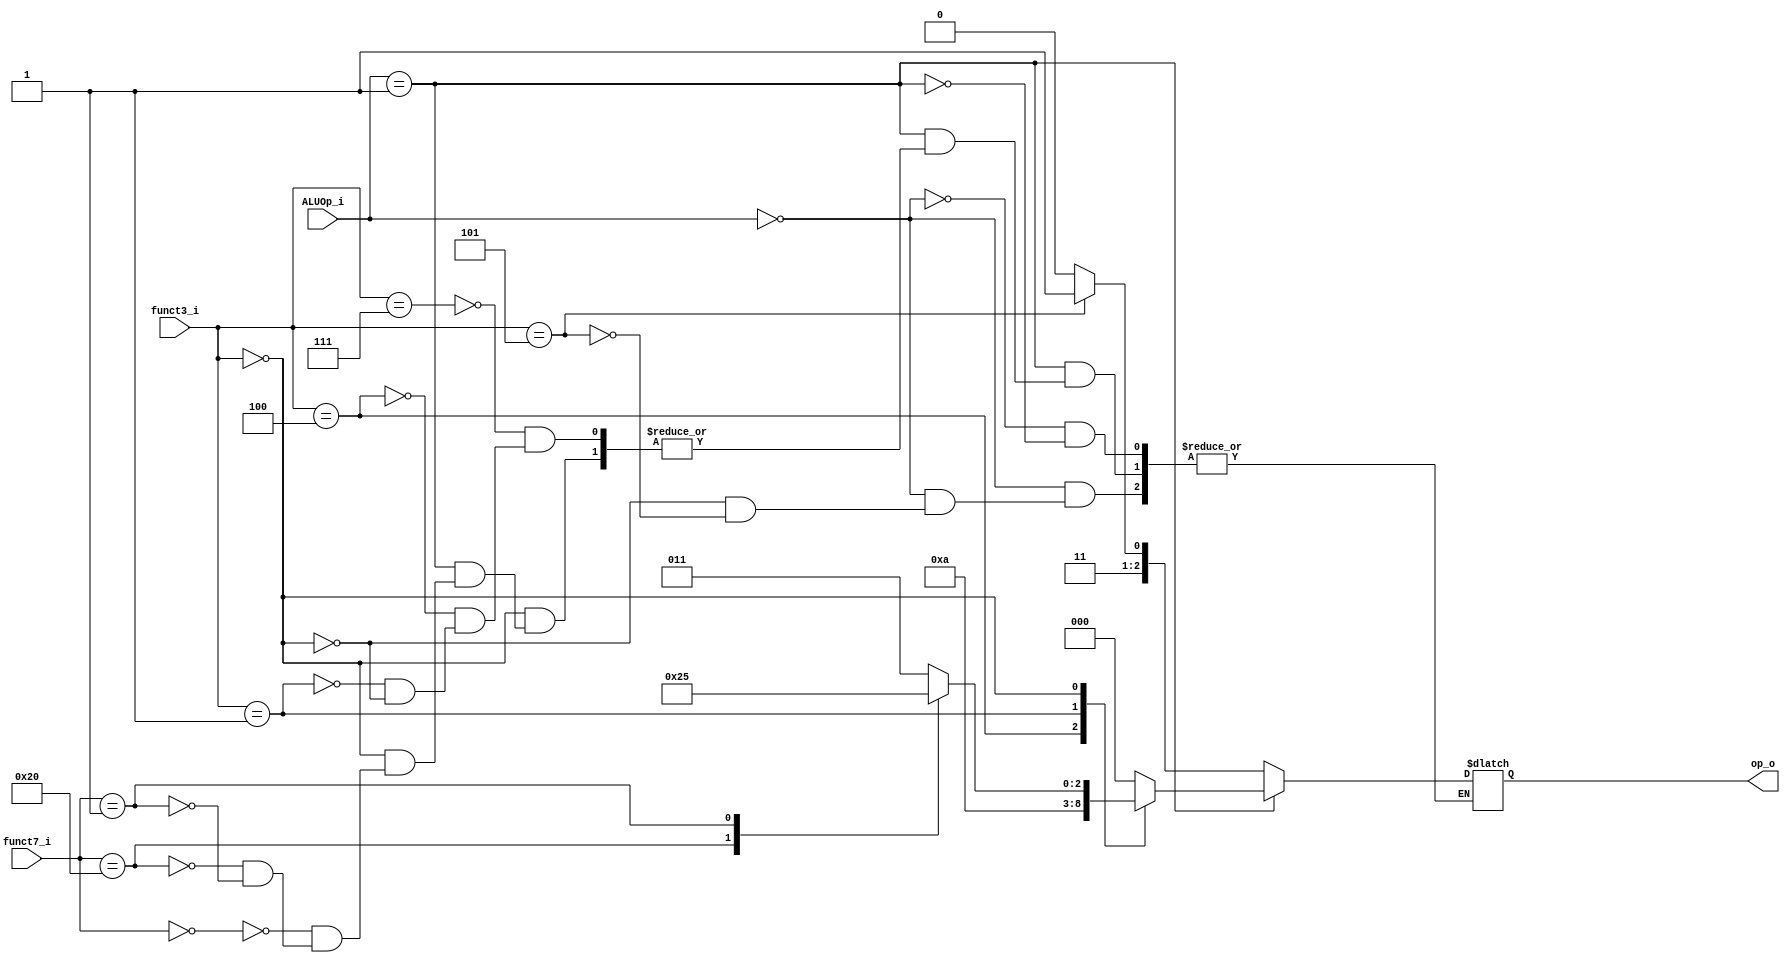
module ALU_Control
(
    funct7_i,
    funct3_i,
    ALUOp_i,
    op_o
);

input [31:25] funct7_i;
input [14:12] funct3_i;
input [1:0] ALUOp_i;
output reg [2:0] op_o;

localparam ALU_and = 3'b000;
localparam ALU_xor = 3'b001;
localparam ALU_sll = 3'b010;
localparam ALU_add = 3'b011;
localparam ALU_sub = 3'b100;
localparam ALU_mul = 3'b101;
localparam ALU_addi = 3'b110;
localparam ALU_srai = 3'b111;

always @(*) begin
    case(ALUOp_i)
        2'b00: begin // I-type
        case(funct3_i)
            3'b000: op_o = ALU_addi;
            3'b101: op_o = ALU_srai;
        endcase

        end
        2'b01: begin // R-type
        case(funct3_i)
            3'b111: op_o = ALU_and;
            3'b100: op_o = ALU_xor;
            3'b001: op_o = ALU_sll;
            3'b000: begin
                case(funct7_i)
                    7'b0000000: op_o = ALU_add;
                    7'b0100000: op_o = ALU_sub;
                    7'b0000001: op_o = ALU_mul;
                endcase
            end  
        endcase
        end
    endcase
end
    
endmodule